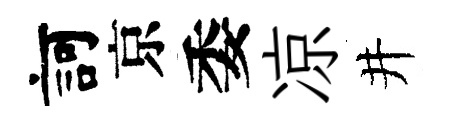
訶京委凉井